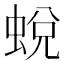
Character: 蛻